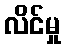
လိင်မှု